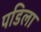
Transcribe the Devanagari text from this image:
पडिला